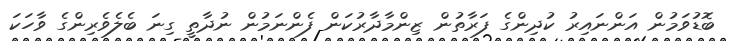
ބޮޑުވަމުން އަންނައިރު ކުދިންގެ ފަރާތުން ޒިންމާދާރުކަން ފެންނަމުން ނުދާތީ ގިނަ ބެލެވެރިންގެ ވާހަކަ